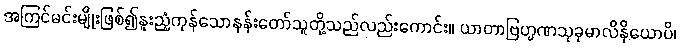
အကြင်မင်းမျိုးဖြစ်၍နူးညံ့ကုန်သောနန်းတော်သူတို့သည်လည်းကောင်း။ ယာတာဗြဟ္မဏသုခုမာလိနိယောပိ၊